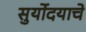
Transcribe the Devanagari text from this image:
सुर्योदयाचे